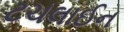
ટચલાઈન